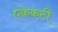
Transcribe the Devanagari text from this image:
एकेकटीं